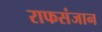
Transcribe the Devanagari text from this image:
राफसंजान